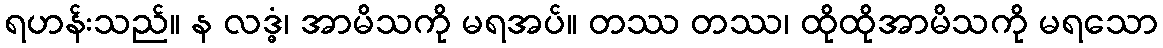
ရဟန်းသည်။ န လဒ္ဓံ၊ အာမိသကို မရအပ်။ တဿ တဿ၊ ထိုထိုအာမိသကို မရသော